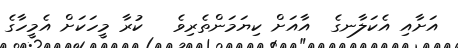
އަށާއި އެކަލާނގެ  އާއަށް ކިޔަމަންތެރިވެ   ކުރާ މީހަކަށް އެމީހާގެ